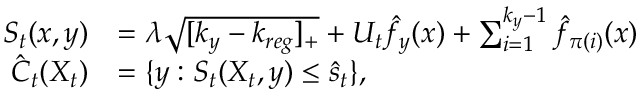
\begin{array} { r l } { \textstyle S _ { t } ( x , y ) } & { = \textstyle \lambda \sqrt { [ k _ { y } - k _ { r e g } ] _ { + } } + U _ { t } \hat { f } _ { y } ( x ) + \sum _ { i = 1 } ^ { k _ { y } - 1 } \hat { f } _ { \pi ( i ) } ( x ) } \\ { \hat { C } _ { t } ( X _ { t } ) } & { = \{ y : S _ { t } ( X _ { t } , y ) \le \hat { s } _ { t } \} , } \end{array}